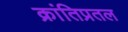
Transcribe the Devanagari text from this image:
क्रांतिप्रतल